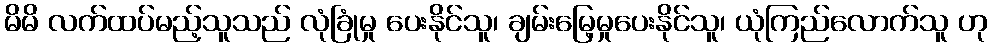
မိမိ လက်ထပ်မည့်သူသည် လုံခြုံမှု ပေးနိုင်သူ၊ ချမ်းမြေ့မှုပေးနိုင်သူ၊ ယုံကြည်လောက်သူ ဟု